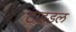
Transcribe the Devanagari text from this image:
टाइडल